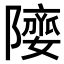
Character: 𨼻